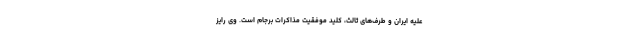
علیه ایران و طرف‌های ثالث، کلید موفقیت مذاکرات برجام است. وی رایز